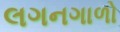
લગનગાળો